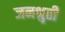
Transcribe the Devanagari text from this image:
जनश्रुती